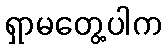
ရှာမတွေ့ပါက